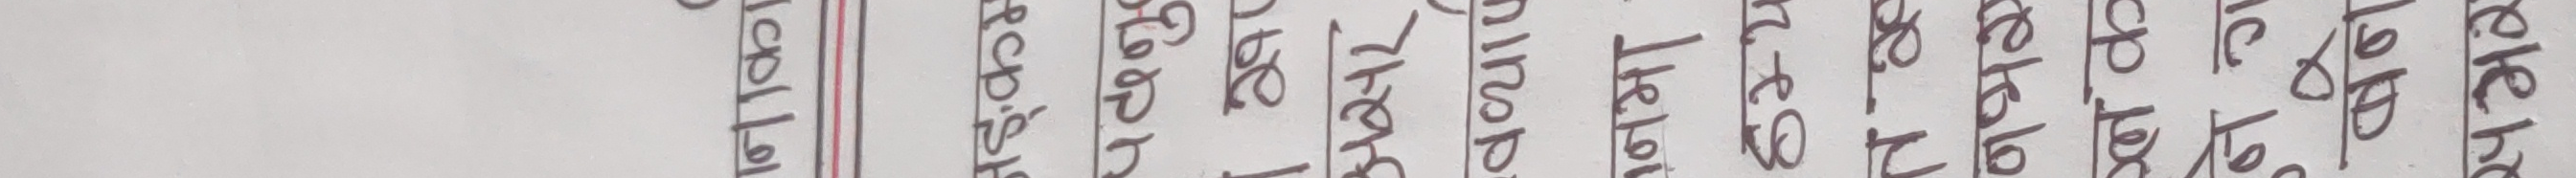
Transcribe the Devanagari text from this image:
लगातार